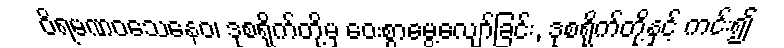
ဝိရမဏဝသေနေဝ၊ ဒုစရိုက်တို့မှ ဝေးစွာမွေ့လျော်ခြင်း, ဒုစရိုက်တို့နှင့် ကင်း၍